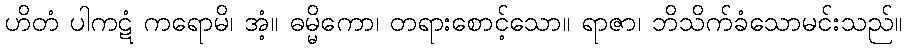
ဟိတံ ပါကဋံ ကရောမိ၊ အံ့။ ဓမ္မိကော၊ တရားစောင့်သော။ ရာဇာ၊ ဘိသိက်ခံသောမင်းသည်။